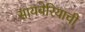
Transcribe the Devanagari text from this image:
सायबेरियाची